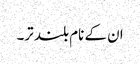
ان کے نام بلند تر۔